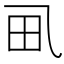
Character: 𱰤